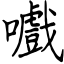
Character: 嚱